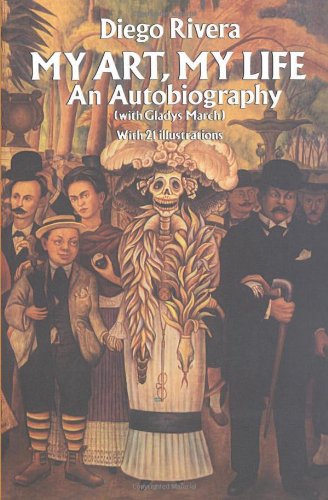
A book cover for My Art, My Life: An Autobiography; Diego Rivera; Arts & Photography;